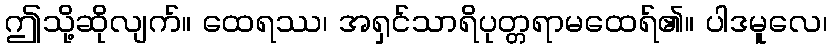
ဤသို့ဆိုလျက်။ ထေရဿ၊ အရှင်သာရိပုတ္တရာမထေရ်၏။ ပါဒမူလေ၊